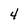
Character: 4